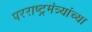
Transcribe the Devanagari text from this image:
परराष्ट्रमंत्र्यांच्या